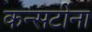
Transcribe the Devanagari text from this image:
कन्सर्टीना